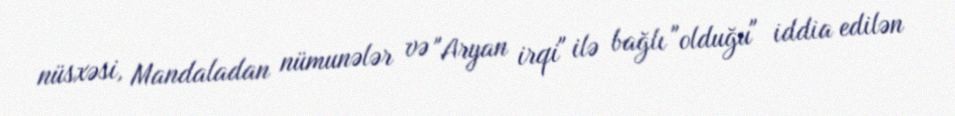
nüsxəsi, Mandaladan nümunələr və "Aryan irqi" ilə bağlı "olduğu" iddia edilən